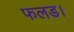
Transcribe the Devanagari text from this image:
फलड।